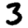
Digit: 3